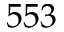
5 5 3